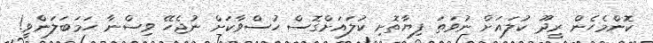
ކޮންމެހެން ރީދޫ ކުލައަށް ނުވަތަ ފިޔާތޮށި ކުލައަށްގޮސް ހުސްވާކަށް ނުޖެހޭ ވިސްނާ ހަމަބަލަންވީ!